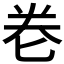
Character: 𭅑